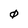
Character: 0